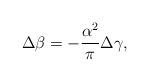
LaTeX: \begin{align*}\Delta\beta = -\frac{\alpha^2}{\pi}\Delta\gamma,\end{align*}